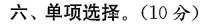
六、单项选择.(10分)